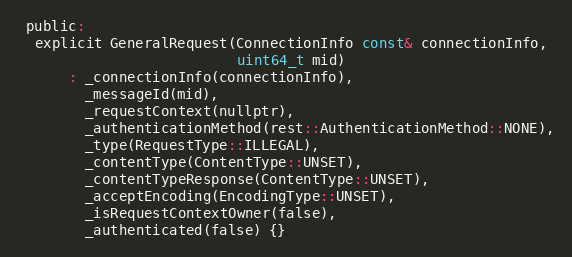
Language: C
 public:
  explicit GeneralRequest(ConnectionInfo const& connectionInfo,
                          uint64_t mid)
      : _connectionInfo(connectionInfo),
        _messageId(mid),
        _requestContext(nullptr),
        _authenticationMethod(rest::AuthenticationMethod::NONE),
        _type(RequestType::ILLEGAL),
        _contentType(ContentType::UNSET),
        _contentTypeResponse(ContentType::UNSET),
        _acceptEncoding(EncodingType::UNSET),
        _isRequestContextOwner(false),
        _authenticated(false) {}